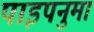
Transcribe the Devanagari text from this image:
पाइपनुमा